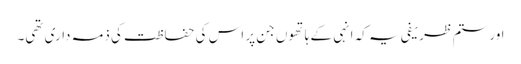
اور ستم ظریفی یہ کہ انہی کے ہاتھوں جن پر اس کی حفاظت کی ذمہ داری تھی۔